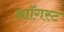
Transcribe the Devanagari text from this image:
आॉगस्ट